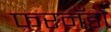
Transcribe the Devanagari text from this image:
फरनँडो